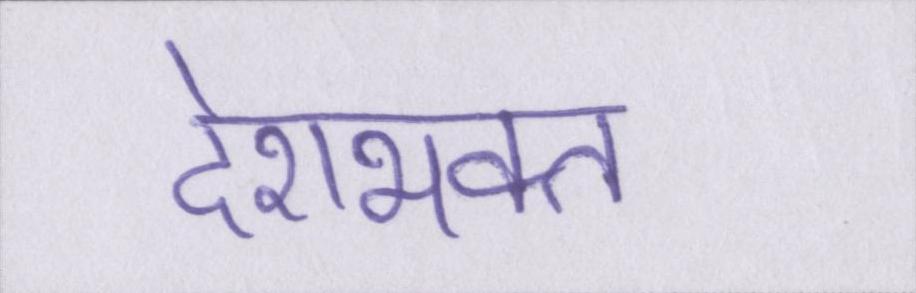
देशभक्त